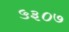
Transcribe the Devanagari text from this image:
५३०७